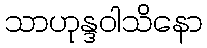
သာဟုန္ဒဝါသိနော